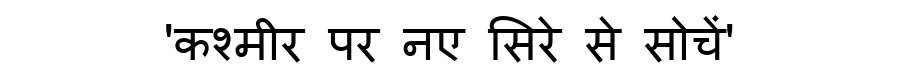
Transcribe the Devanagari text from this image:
'कश्मीर पर नए सिरे से सोचें'